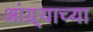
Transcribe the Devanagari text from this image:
आंग्र्याच्या